Papers set at the Examination for Leaving Certificates, 1894
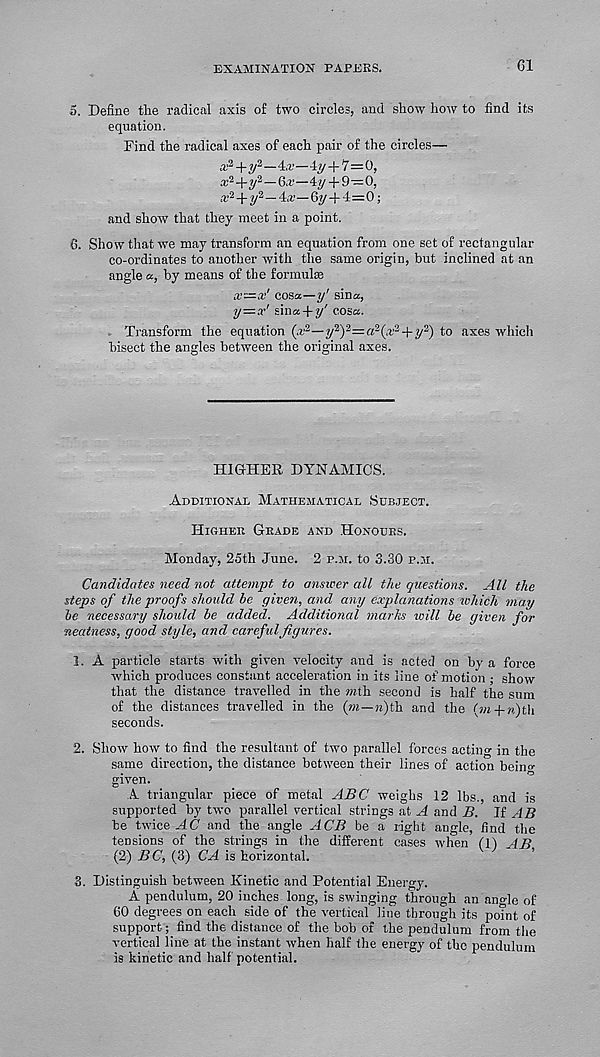
EXAMINATION PAPERS.
61
5. Define the radical axis of two circles, and show how to find its
equation.
Find the radical axes of each pair of the circles—
a-’ 2 + y 2 —l.r—D/ + 7=0,
* 2 +y 2 — —4y + 9—0,
.r 2 -f «/ 2 —4a;—6y + 4=0;
and show that they meet in a point.
6. Show that we may transform an equation from one set of rectangular
co-ordinates to another with the same origin, but inclined at an
angle a, by means of the formulae
x—x' COSa—y' sina,
y—x' sina-fy' cos«.
Transform the equation (.r 2 —y 2 ) 2 =a 2 (.r 3 +y 2 ) to axes which
bisect the angles between the original axes.
HIGHER DYNAMICS.
Additional Mathematical Subject.
Higher Grade and Honours.
Monday, 25th June. 2 p.m. to 3.30 p.m.
Candidates need not attempt to answer all the questions. All the
steps of the proofs should he given, and any explanations ivhich may
he necessary should be added. Additional marks will be given for
neatness, good style, and carefulfigures.
1. A particle starts with given velocity and is acted on by a force
which produces constant acceleration in its line of motion • show
that the distance travelled in the with second is half the sum
of the distances travelled in the (wi—;i)th and the (wi-(-w)tli
seconds.
2. Show how to find the resultant of two parallel forces acting in the
same direction, the distance between their lines of action beino-
given.
A triangular piece of metal ABC weighs 12 lbs., and is
supported by two parallel vertical strings at A and B. If AB
be twice AC and the angle ACB be a right angle, find the
tensions of the strings in the different cases when (!) AB
(2) BC, (3) CA is horizontal.
3. Distinguish between Kinetic and Potential Energy.
A pendulum, 20 inches long, is swinging through an angle of
60 degrees on each side of the vertical line through its poTnt of
support; find the distance of the bob of the pendulum from the
vertical line at the instant when half the energy of the pendulum
is kinetic and half potential.